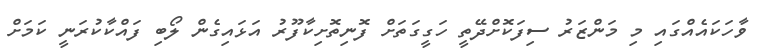
ވާހަކައެއްގައި މި މަންޒަރު ސިފަކޮށްދޭތީ ހަގީގަތަށް ފޮނިތޮށިކާފޫރު އަޅައިގެން ލޯބި ފައްކާކުރަނީ ކަމަށް